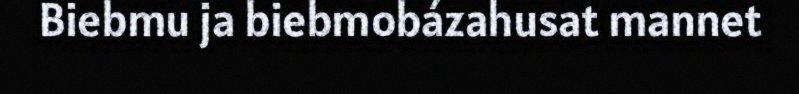
Biebmu ja biebmobázahusat mannet